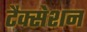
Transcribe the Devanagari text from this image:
टैक्सेशन